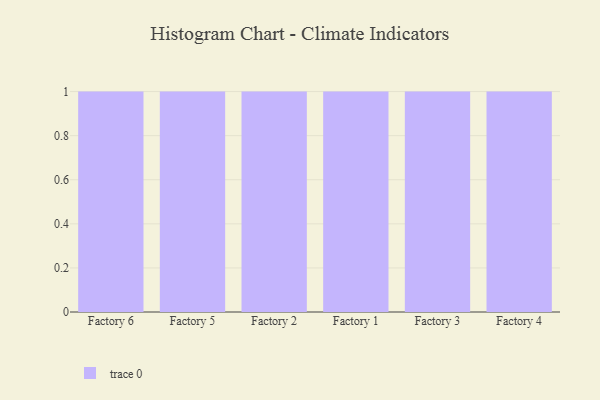
{"axis": {"x": "Factory", "y": "Latency (ms)"}, "legend": [""], "data": [{"x": "Factory 6", "y": 65, "type": ""}, {"x": "Factory 5", "y": 86, "type": ""}, {"x": "Factory 2", "y": 83, "type": ""}, {"x": "Factory 1", "y": 67, "type": ""}, {"x": "Factory 3", "y": 2, "type": ""}, {"x": "Factory 4", "y": 77, "type": ""}]}